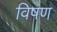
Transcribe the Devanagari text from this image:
विषण